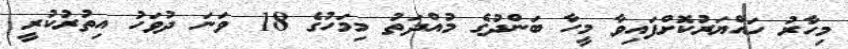
މިހާރު ހައްޔަރުކޮށްފައިވާ މީހާ ބަންދުގެ މުއްދަތު މިމަހުގެ 18 ވަނަ ދުވަހު އިތުރުކުރީ